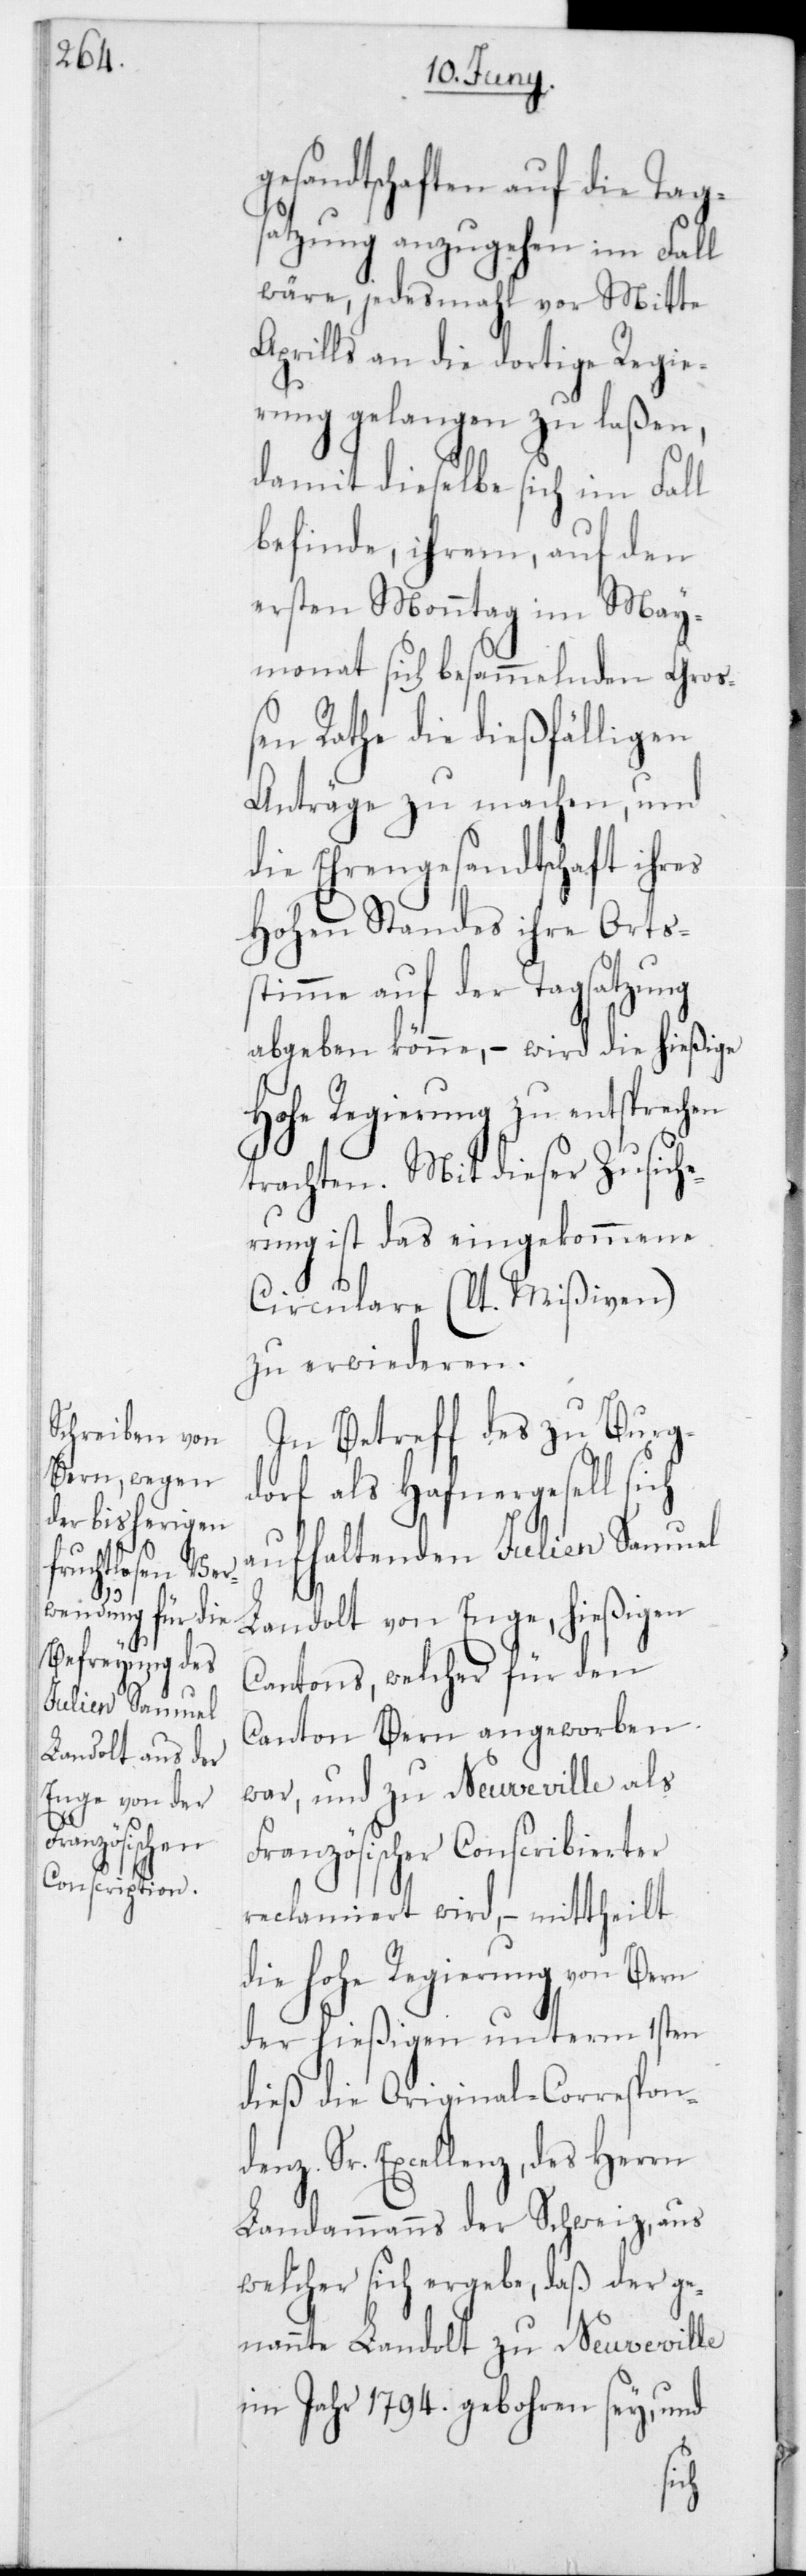
gesandtschaften auf die Tag¬
satzung anzugehen im Fall
wäre, jedesmahl vor Mitte
Aprills an die dortige Regie¬
rung gelangen zu laßen,
damit dieselbe sich im Fall
befinde, ihrem, auf den
ersten Monntag im May¬
monat sich besammelnden Groß¬
en Rathe die dießfälligen
Anträge zu machen, und
die Ehrengesandtschaft ihres
Hohen Standes ihre Ortss¬
timme auf der Tagsatzung
abgeben könne, – wird die hießige
Hohe Regierung zu entsprechen
trachten. Mit dieser Zusiche¬
rung ist das eingekommene
Circulare (laut Mißiven)
zu erwideren.
In Betreff des zu Burg¬
dorf als Hafnergesell sich
aufhaltenden Julien Samuel
Landolt von Enge, hießigen
Cantons, welcher für den
Canton Bern angeworben
war, und zu Neuveville als
Französischer Conscribierter
reclamiert wird, – mittheilt
die Hohe Regierung von Bern
der hießigen unterm 1sten
dieß die Original-Correspon¬
Sr. Excellenz, des Herrn
Landammanns der Schweiz, aus
welcher sich ergebe, daß der ge¬
nannte Landolt zu Neuveville
im Jahr 1794 gebohren sey, und
denz